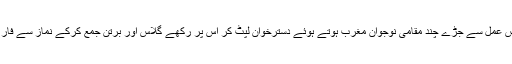
افطار کا اعلان ہوتے ہی روزہ دار اپنا رزہ کھولتے ہیں بطور رضاکار اس عمل سے جڑے چند مقامی نوجوان مغرب ہوتے ہوئے دسترخوان لپٹ کر اس پر رکھے گلاس اور برتن جمع کرکے نماز سے فارغ ہوتے ہی برتن دھو دھا کر دوسرے دن کی تیاریوں میں لگ جاتے ہیں۔